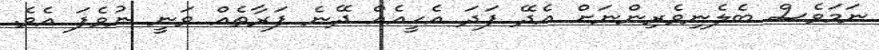
ނަމަވެސް ބެލެނިވެރިންނަށް އެދޭ ފަދަ އެހީއެއް ދޭނެ ފަރާތެއް ވަނީ ނުވެފަ އެވެ.